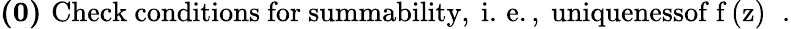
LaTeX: \mathrm{{\mathbf{(0)}}\, \, Check~conditions~for~summability,~i.\, e.,~uniquenessof~f\, (z)~}\, \, .